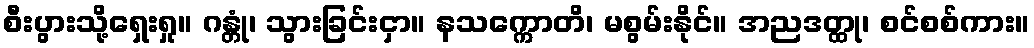
စီးပွားသို့ရှေးရှု။ ဂန္တုံ၊ သွားခြင်းငှာ။ နသက္ကောတိ၊ မစွမ်းနိုင်။ အညဒတ္ထု၊ စင်စစ်ကား။